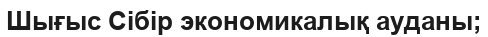
Шығыс Сібір экономикалық ауданы;